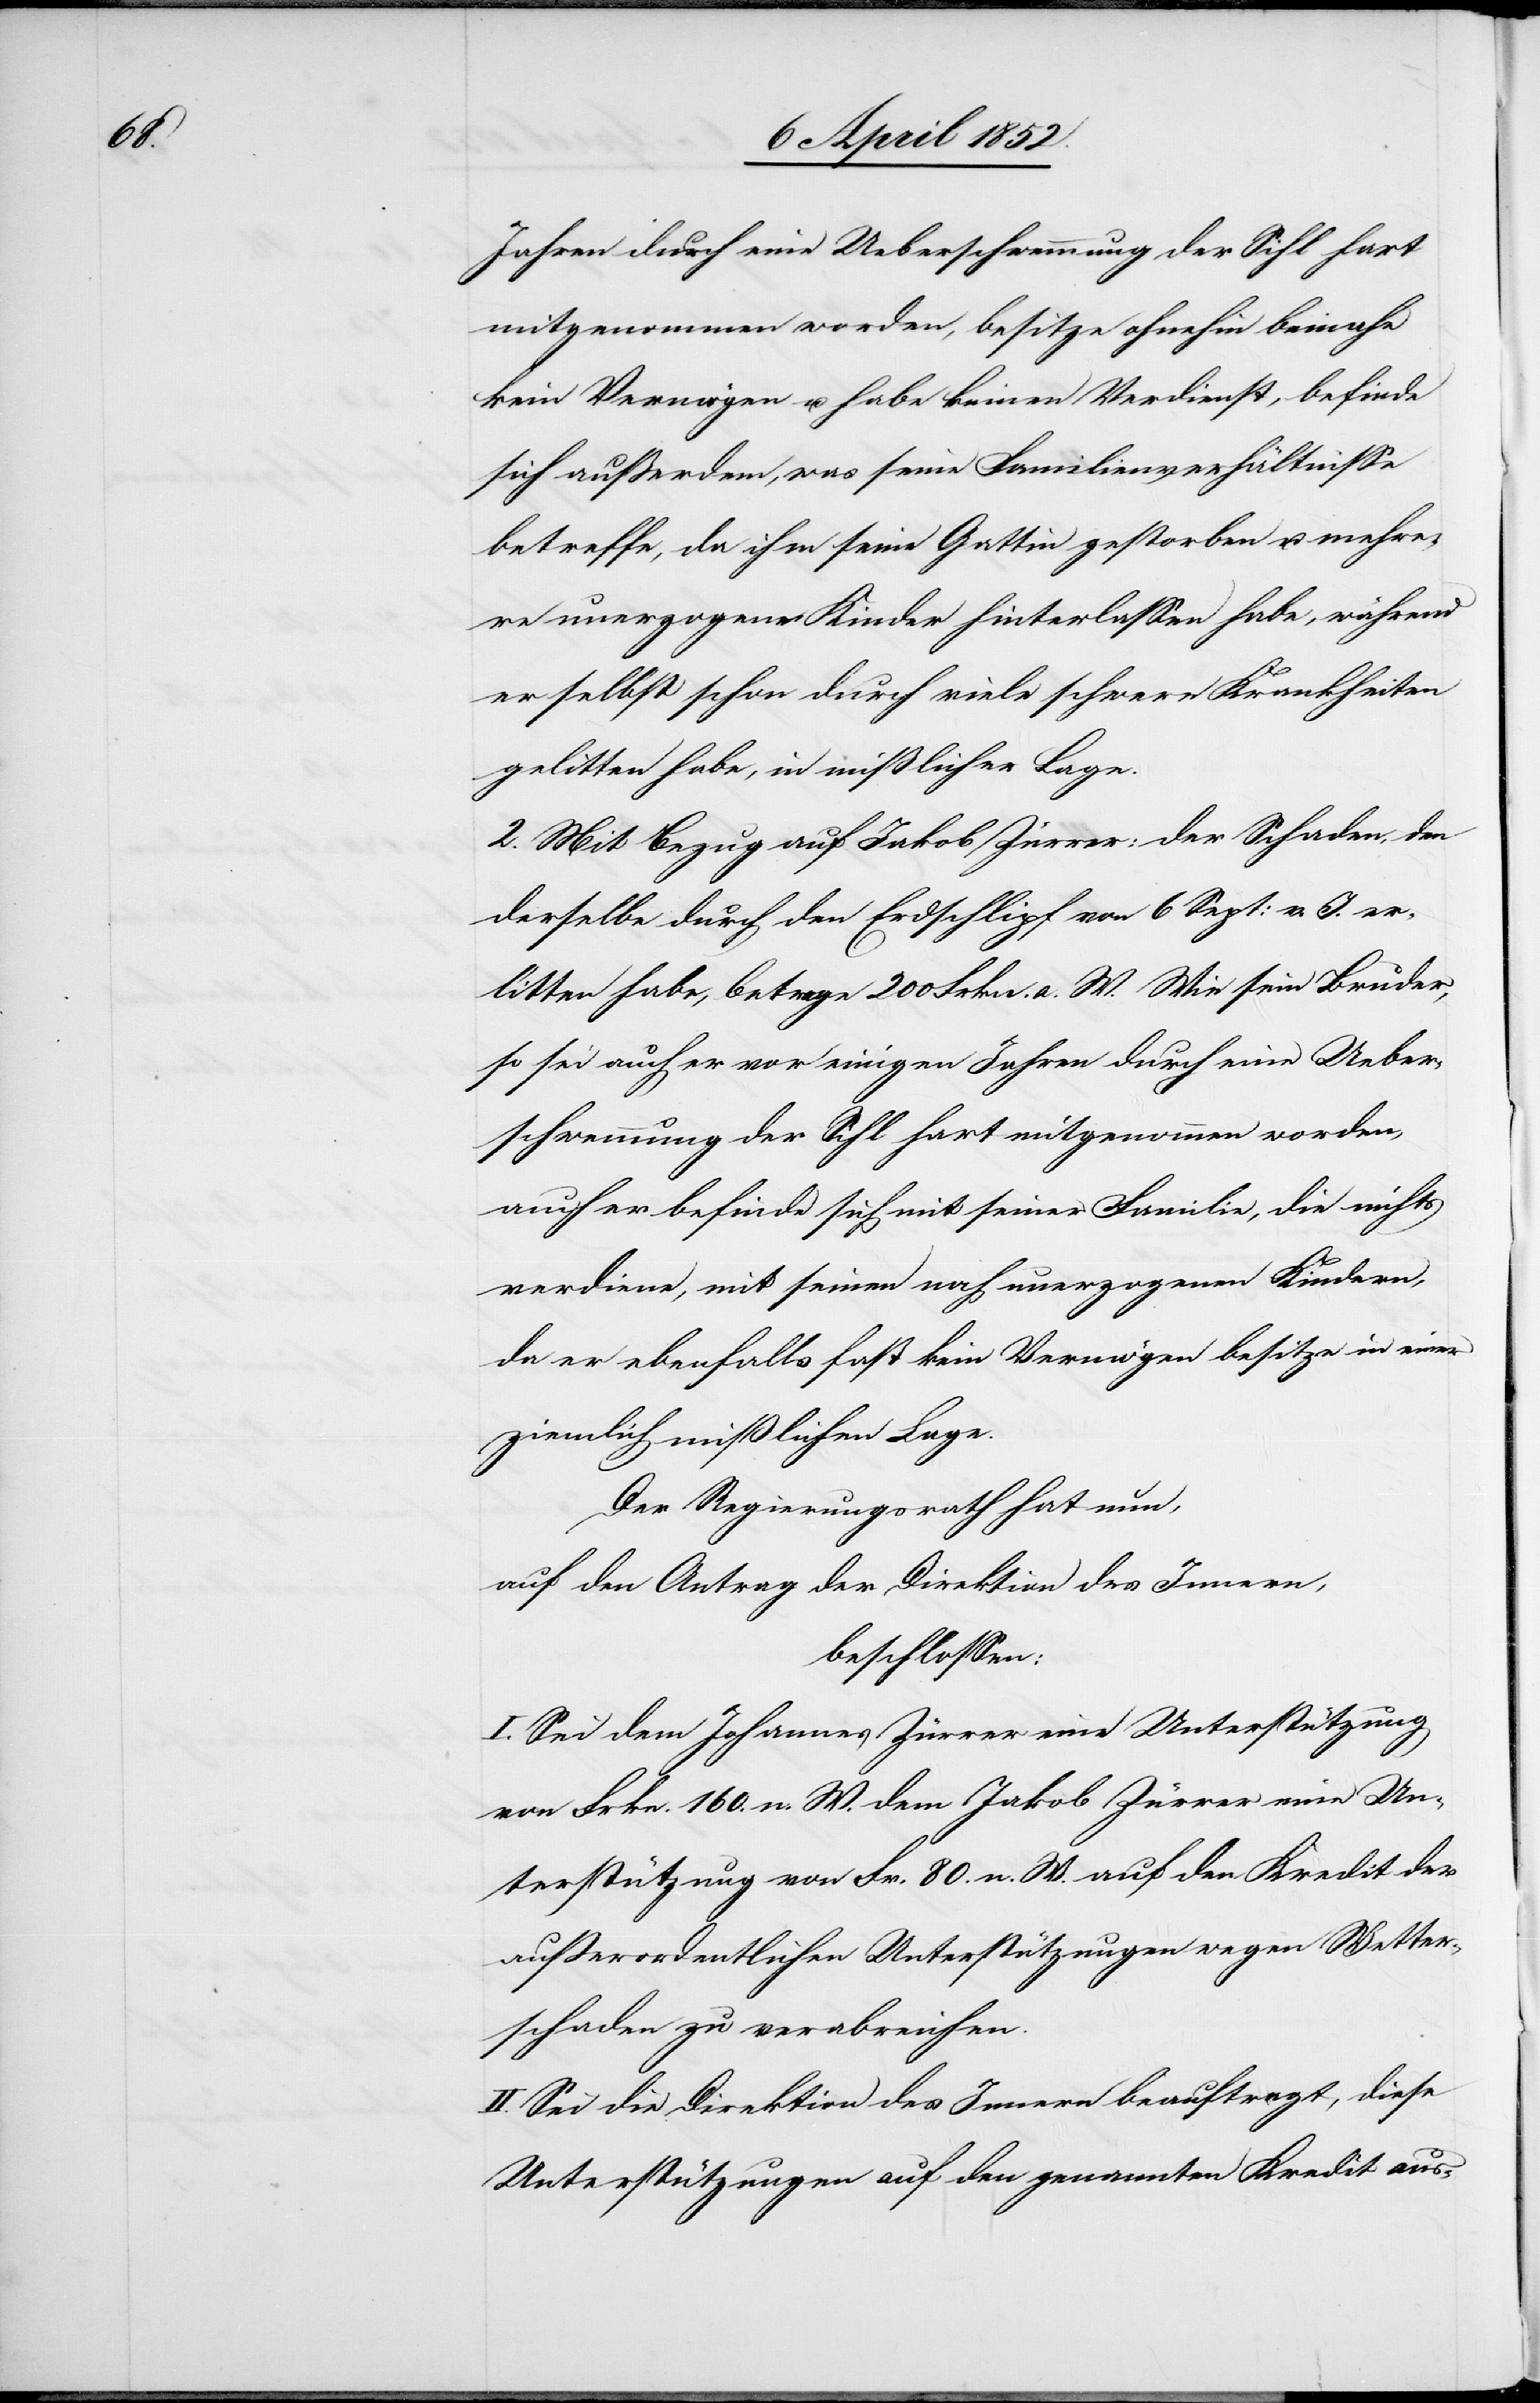
Jahren durch eine Ueberschwemmung der Sihl hart
mitgenommen worden, besitze ohnehin beinahe
kein Vermögen u. habe keinen Verdienst, befinde
sich ausserdem, was seine Familienverhältnisse
betreffe, da ihm seine Gattin gestorben u. mehre¬
re unerzogene Kinder hinterlassen habe, während
er selbst schon durch viele schwere Krankheiten
gelitten habe, in mißlicher Lage.
2. Mit Bezug auf Jakob Zürrer: der Schaden, den
derselbe durch den Erdschlipf von [sic!] 6 Sept: v. J. er¬
litten habe, betrage 200 Frkn. a. W. Wie sein Bruder,
so sei auch er vor einigen Jahren durch eine Ueber¬
schwemmung der Sihl hart mitgenommen worden,
auch er befinde sich mit seiner Familie, die nichts
verdiene, mit seinen noch unerzogenen Kindern,
da er ebenfalls fast kein Vermögen besitze in einer
ziemlich mißlichen Lage.
Der Regierungsrath hat nun,
auf den Antrag der Direktion des Innern,
beschlossen:
I. Sei dem Johannes Zürrer eine Unterstützung
von Frkn. 160. n. W. dem Jakob Zürrer eine Un¬
terstützung von Fr. 80. n. W. auf den Kredit der
ausserordentlichen Unterstützungen wegen Wetter¬
schaden zu verabreichen.
II. Sei die Direktion des Innern beauftragt, diese
Unterstützungen auf den genannten Kredit aus-